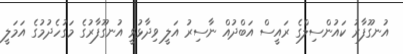
އުނގޫފާރު ކައުންސިލްގެ ރައީސް އަބްދުއް ނާސިރު އަލީ ވިދާޅުވީ އުނގޫފާރުގެ މަގުހެދުމުގެ އަމަލީ